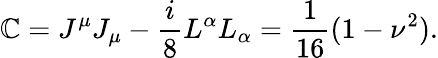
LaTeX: \mathbb{C}=J^{\mu}J_{\mu}-\frac{{i}}{{8}}L^{\alpha}L_{\alpha}=\frac{{1}}{{16}}(1-\nu^{2}).